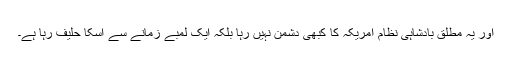
اور یہ مطلق بادشاہى نظام امریکہ کا کبهى دشمن نہیں رہا بلکہ ایک لمبے زمانے سے اسکا حلیف رہا ہے۔